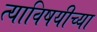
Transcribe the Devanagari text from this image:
त्याविषयीच्या